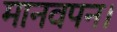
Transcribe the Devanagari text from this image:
मानवपन।